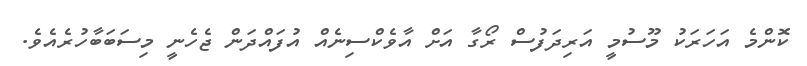
ކޮންމެ އަހަރަކު މޫސުމީ އަރިދަފުސް ރޯގާ އަށް އާވެކްސިނެއް އުފައްދަން ޖެހެނީ މިސަބަބާހުރެއެވެ.